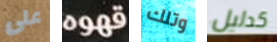
على قهوه وتلك كدليل